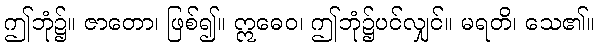
ဤဘုံ၌။ ဇာတော၊ ဖြစ်၍။ ဣဓေဝ၊ ဤဘုံ၌ပင်လျှင်။ မရတိ၊ သေ၏။